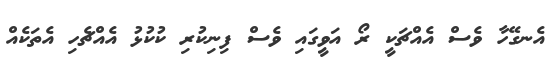
އެނގޭހާ ވެސް އެއްޗަކީ ރޯ އަވީގައި ވެސް ފިނިކުރި ކުކުޅު އެއްޗެހި އެތަކެއް